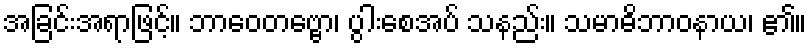
အခြင်းအရာဖြင့်။ ဘာဝေတဗ္ဗော၊ ပွါးစေအပ် သနည်း။ သမာဓိဘာဝနာယ၊ ၏။